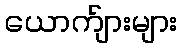
ယောက်ျားများ